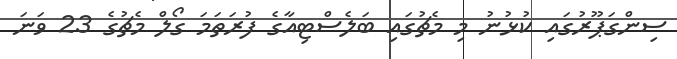
ސިންގަޕޫރުގައި ކުޅުނު މި މެޗުގައި ބަލެސްޓިއާގެ ފުރަތަމަ ގޯލް މެޗުގެ 23 ވަނަ